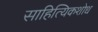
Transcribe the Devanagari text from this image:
साहित्यिकशोध